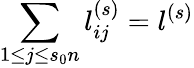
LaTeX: \sum_{1\le j\le s_{0}n}l_{ij}^{(s)}=l^{(s)}